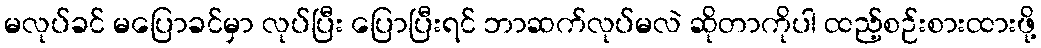
မလုပ်ခင် မပြောခင်မှာ လုပ်ပြီး ပြောပြီးရင် ဘာဆက်လုပ်မလဲ ဆိုတာကိုပါ ထည့်စဉ်းစားထားဖို့